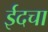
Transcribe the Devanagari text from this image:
ईदचा